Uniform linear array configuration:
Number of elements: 8
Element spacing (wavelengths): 0.75
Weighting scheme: exponential
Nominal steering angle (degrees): -45
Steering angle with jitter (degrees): -43.246
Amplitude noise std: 0.05
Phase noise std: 0.05

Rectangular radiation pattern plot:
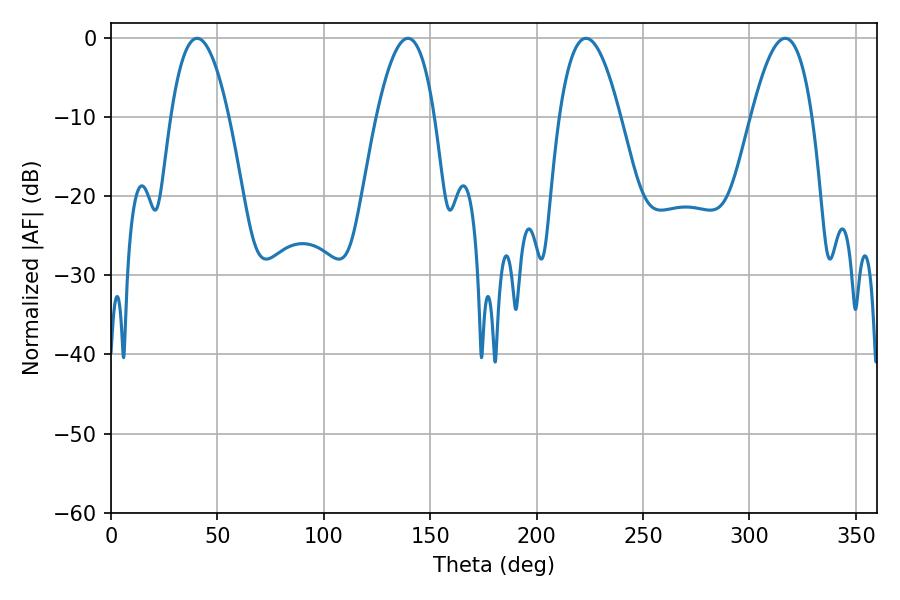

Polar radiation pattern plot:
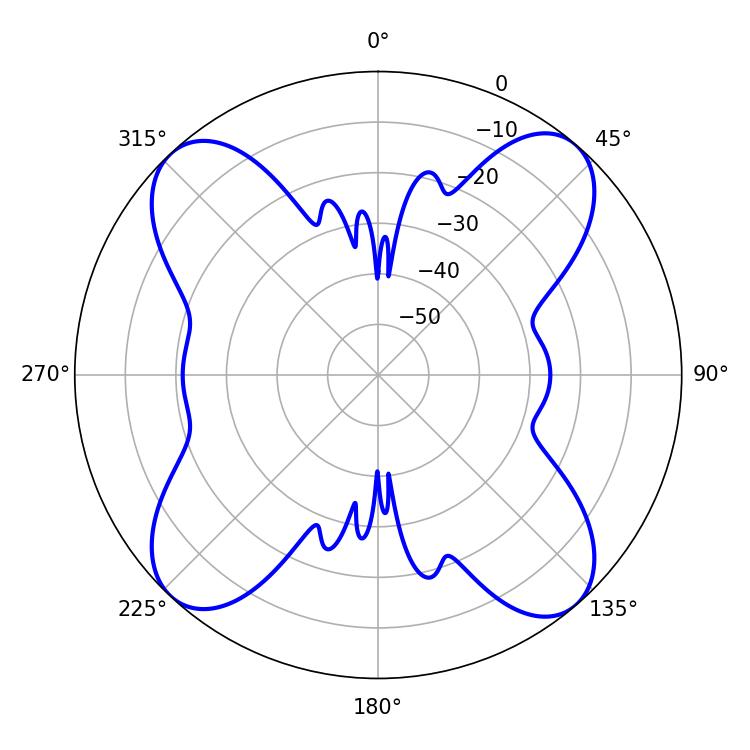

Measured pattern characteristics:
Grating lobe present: TRUE
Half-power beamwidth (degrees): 15.84
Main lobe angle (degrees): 223.2